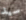
سيد